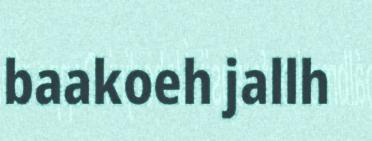
baakoeh jallh